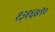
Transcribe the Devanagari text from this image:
१३१६७९०